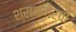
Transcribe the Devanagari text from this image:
श्रामणेरची